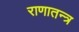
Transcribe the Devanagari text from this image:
राणातन्त्र